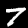
Digit: 7